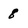
Character: 8